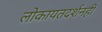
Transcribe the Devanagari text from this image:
लोकायतदर्शनही